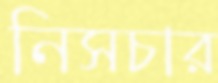
নিসচার